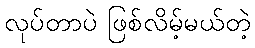
လုပ်တာပဲ ဖြစ်လိမ့်မယ်တဲ့